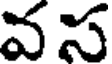
వస